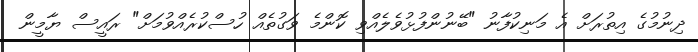
ދިނުމުގެ އިތުރަށް އެ މަނިކުފާނު "ބޭނުންފުޅުވެލެއްވި ކޮންމެ ވަގުތެއް ހުސްކުރެއްވުމަށް" ރައީސް ޔާމީން